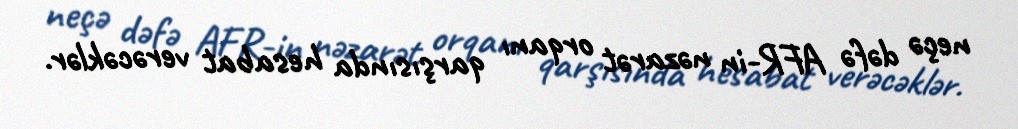
neçə dəfə AFR-in nəzarət orqanı qarşısında hesabat verəcəklər.